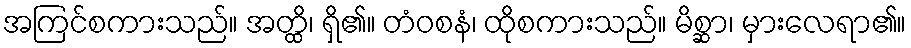
အကြင်စကားသည်။ အတ္ထိ၊ ရှိ၏။ တံဝစနံ၊ ထိုစကားသည်။ မိစ္ဆာ၊ မှားလေရာ၏။